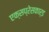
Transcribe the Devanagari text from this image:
एक्सप्रेसकार्ड